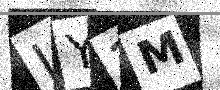
Text: IY1M